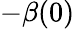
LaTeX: -\beta(0)